Scottish Leaving Certificate Examination, 1956
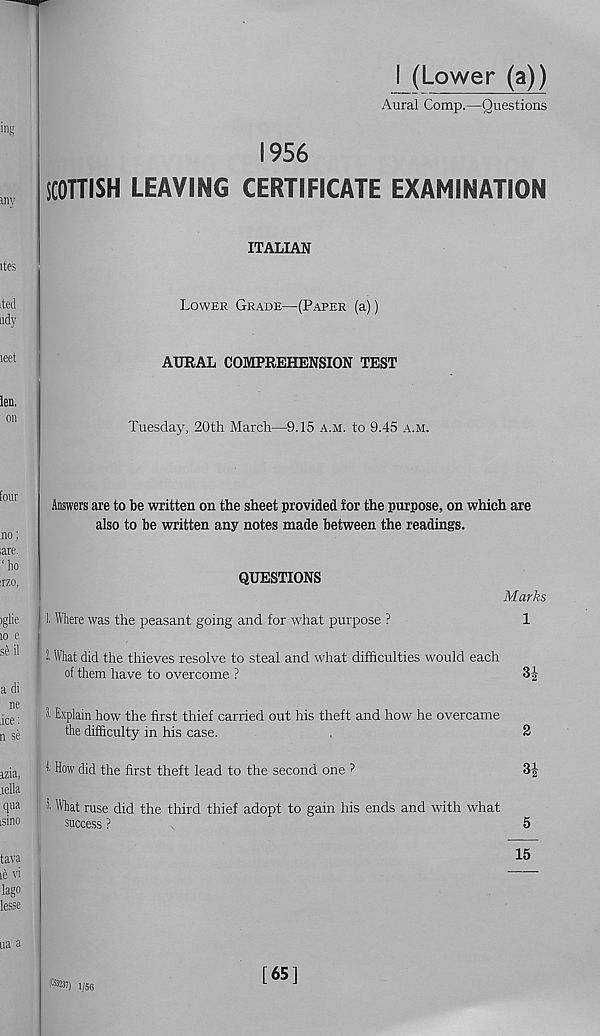
I (Lower (a))
Aural Comp.—Questions
1956
SCOTTISH LEAVING CERTIFICATE EXAMINATION
ITALIAN
Lower Grade—(Paper (a))
AURAL COMPREHENSION TEST
Tuesday, 20th March—9.15 a.m. to 9.45 a.m.
Answers are to be written on the sheet provided for the purpose, on which are
also to be written any notes made between the readings.
QUESTIONS
Marks
!■ Where was the peasant going and for what purpose ?
1
i What did the thieves resolve to steal and what difficulties would each
of them have to overcome ?
B-g-
1 Explain how the first thief carried out his theft and how he overcame
the difficulty in his case.
.
2
! How did the first theft lead to the second one ?
3g
What ruse did the third thief adopt to gain his ends and with what
success ?
5
15
IK*®) i /56
[65]